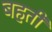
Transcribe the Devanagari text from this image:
बहतीं